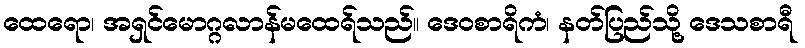
ထေရော၊ အရှင်မောဂ္ဂလာန်မထေရ်သည်။ ဒေဝစာရိကံ၊ နတ်ပြည်သို့ ဒေသစာရီ